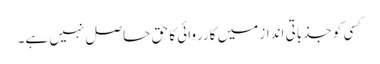
کسی کو جذباتی انداز میں کارروائی کا حق حاصل نہیں ہے۔